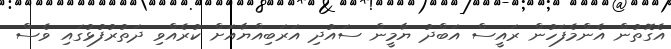
އެގޮތުން އެންމެފަހުން ރައީސް އަބްދު ޔާމީން ސައުދި އަރަބިއްޔާއަށް ކުރެއްވި ދަތުރުފުޅުގައި ވެސް